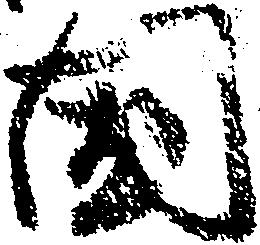
国